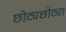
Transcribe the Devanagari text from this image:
छोट्यछोट्या